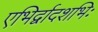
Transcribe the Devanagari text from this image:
एभिर्द्वादशभिः